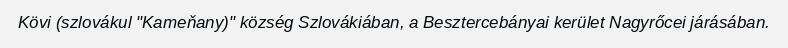
Kövi (szlovákul "Kameňany)" község Szlovákiában, a Besztercebányai kerület Nagyrőcei járásában.